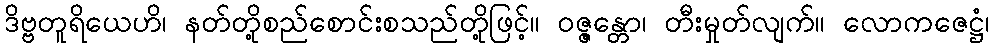
ဒိဗ္ဗတူရိယေဟိ၊ နတ်တို့စည်စောင်းစသည်တို့ဖြင့်။ ဝဇ္ဇန္တော၊ တီးမှုတ်လျက်။ လောကဇေဋ္ဌံ၊